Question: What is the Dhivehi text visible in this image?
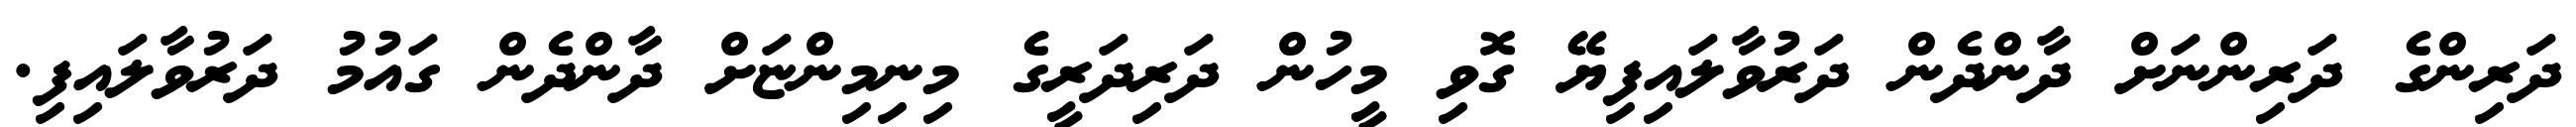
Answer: ދަރިންގެ ދަރިންނަށް ދާންދެން ދަރުވާލައިފިޔޭ ގޮވި މީހުން ދަރިދަރީގެ މިނިމިންޏަށް ދާންދެން ގައުމު ދަރުވާލައިފި.